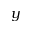
y